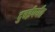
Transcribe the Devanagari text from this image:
दुबईपर्यंत